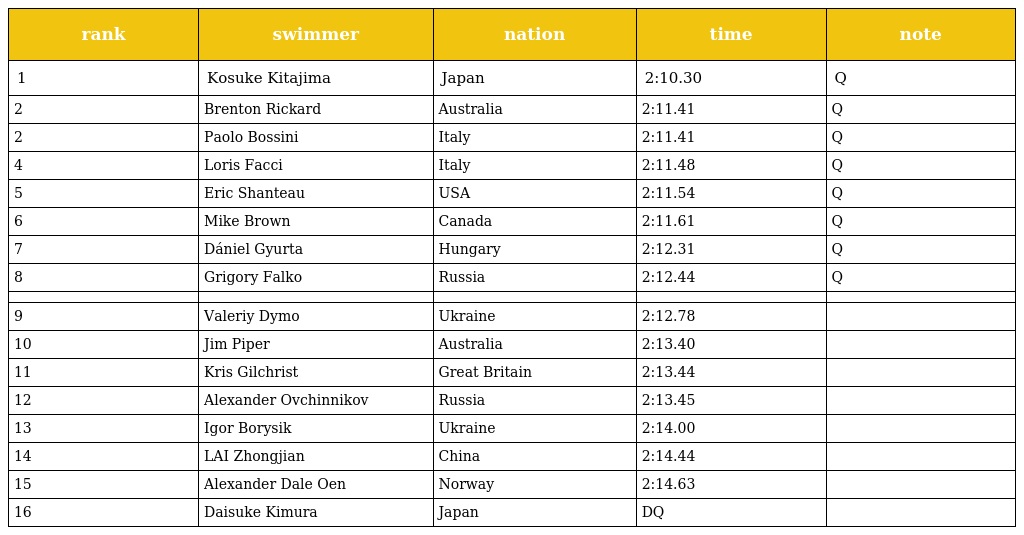
| rank | swimmer | nation | time | note |
 | --- | --- | --- | --- | --- |
 | 1 | Kosuke Kitajima | Japan | 2:10.30 | Q |
 | 2 | Brenton Rickard | Australia | 2:11.41 | Q |
 | 2 | Paolo Bossini | Italy | 2:11.41 | Q |
 | 4 | Loris Facci | Italy | 2:11.48 | Q |
 | 5 | Eric Shanteau | USA | 2:11.54 | Q |
 | 6 | Mike Brown | Canada | 2:11.61 | Q |
 | 7 | Dániel Gyurta | Hungary | 2:12.31 | Q |
 | 8 | Grigory Falko | Russia | 2:12.44 | Q |
 |  |  |  |  |  |
 | 9 | Valeriy Dymo | Ukraine | 2:12.78 |  |
 | 10 | Jim Piper | Australia | 2:13.40 |  |
 | 11 | Kris Gilchrist | Great Britain | 2:13.44 |  |
 | 12 | Alexander Ovchinnikov | Russia | 2:13.45 |  |
 | 13 | Igor Borysik | Ukraine | 2:14.00 |  |
 | 14 | LAI Zhongjian | China | 2:14.44 |  |
 | 15 | Alexander Dale Oen | Norway | 2:14.63 |  |
 | 16 | Daisuke Kimura | Japan | DQ |  |